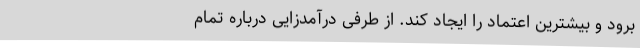
برود و بیشترین اعتماد را ایجاد کند. از طرفی درآمدزایی درباره تمام